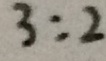
3 : 2